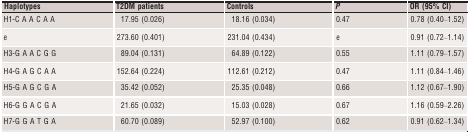
| Haplotypes | T2DM patients | Controls | P | OR (95% CI) |
 | --- | --- | --- | --- | --- |
 | H1‐C A A C A A | 17.95 (0.026) | 18.16 (0.034) | 0.47 | 0.78 (0.40–1.52) |
 | e | 273.60 (0.401) | 231.04 (0.434) | e | 0.91 (0.72–1.14) |
 | H3‐G A A C G G | 89.04 (0.131) | 64.89 (0.122) | 0.55 | 1.11 (0.79–1.57) |
 | H4‐G A G C A A | 152.64 (0.224) | 112.61 (0.212) | 0.47 | 1.11 (0.84–1.46) |
 | H5‐G A G C G A | 35.42 (0.052) | 25.35 (0.048) | 0.66 | 1.12 (0.67–1.90) |
 | H6‐G G A C G A | 21.65 (0.032) | 15.03 (0.028) | 0.67 | 1.16 (0.59–2.26) |
 | H7‐G G A T G A | 60.70 (0.089) | 52.97 (0.100) | 0.62 | 0.91 (0.62–1.34) |